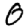
Digit: 0